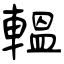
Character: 輼